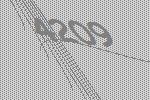
4209